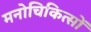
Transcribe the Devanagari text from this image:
मनोचिकित्सों